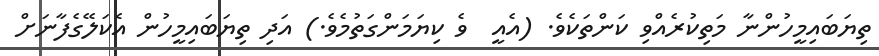
ތިޔަބައިމީހުންނާ މަތިކުރެއްވި ކަންތަކެވެ. (އެއީ  ވެ ކިޔަމަންގަތުމެވެ.) އަދި ތިޔަބައިމީހުން އެކަލޭގެފާނަށް